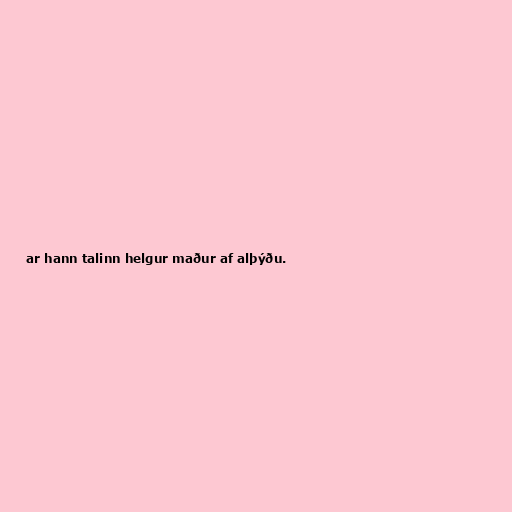
ar hann talinn helgur maður af alþýðu.